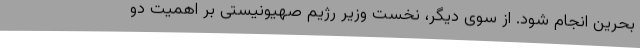
بحرین انجام شود. از سوی دیگر، نخست وزیر رژیم صهیونیستی بر اهمیت دو